Plague in India, 1896, 1897 - Volume 1
Year: 1896
Disease focus: Plague
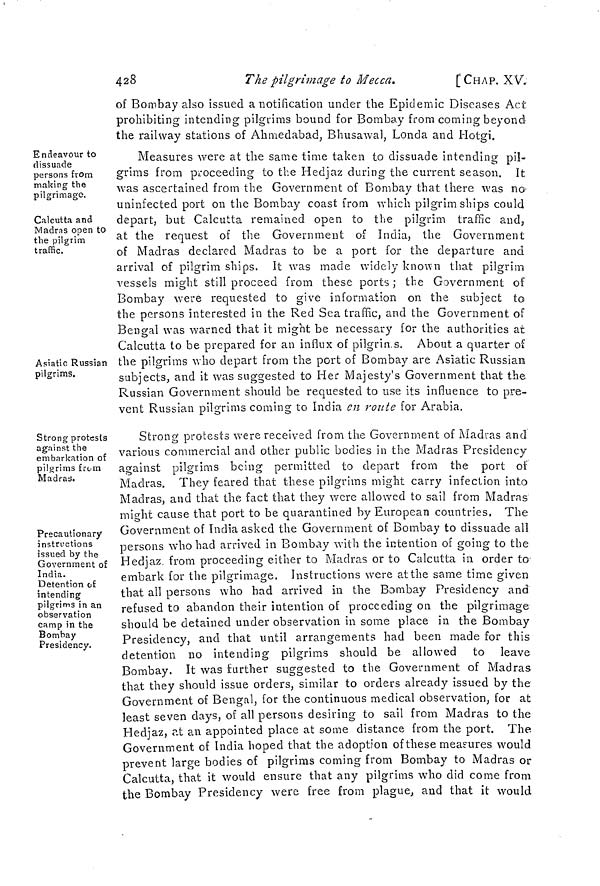
428
The pilgrimage to Mecca.
[CHAP. XV.
of Bombay also issued a notification under the Epidemic Diseases Act
prohibiting intending pilgrims bound for Bombay from coming beyond
the railway stations of Ahmedabad, Bhusawal, Londa and Hotgi.
Endeavour to
dissuade
persons from
making the
pilgrimage.
Measures were at the same time taken to dissuade intending pil-
grims from proceeding to the Hedjaz during the current season. It
was ascertained from the Government of Bombay that there was no-
uninfected port on the Bombay coast from which pilgrim ships could
Calcutta and
Madras open to
the pilgrim
traffic.
depart, but Calcutta remained open to the pilgrim traffic and,
at the request of the Government of India, the Government
of Madras declared Madras to be a port for the departure and
arrival of pilgrim ships. It was made widely known that pilgrim
vessels might still proceed from these ports ; the Government of
Bombay were requested to give information on the subject to
the persons interested in the Red Sea traffic, and the Government of
Bengal was warned that it might be necessary for the authorities at
Calcutta to be prepared for an influx of pilgrin.s. About a quarter of
Asiatic Russian
pilgrims.
the pilgrims who depart from the port of Bombay are Asiatic Russian
subjects, and it was suggested to Her Majesty's Government that the
Russian Government should be requested to use its influence to pre-
vent Russian pilgrims coming to India en route for Arabia.
Strong protests
against the
embarkation of
pilgrims from
Madras.
Strong protests were received from the Government of Madras and
various commercial and other public bodies in the Madras Presidency
against pilgrims being permitted to depart from the port of
Madras. They feared that these pilgrims might carry infection into
Madras, and that the fact that they were allowed to sail from Madras
might cause that port to be quarantined by European countries, The
Precautionary
instructions
issued by the
Government of
India.
Detention of
intending
pilgrims in an
observation
camp in the
Bombay
Presidency.
Government of India asked the Government of Bombay to dissuade all
persons who had arrived in Bombay with the intention of going to the
Hedjaz. from proceeding either to Madras or to Calcutta in order to
embark for the pilgrimage. Instructions were at the same time given
that all persons who had arrived in the Bombay Presidency and
refused to abandon their intention of proceeding on the pilgrimage
should be detained under observation in some place in the Bombay
Presidency, and that until arrangements had been made for this
detention no intending pilgrims should be allowed to leave
Bombay. It was further suggested to the Government of Madras
that they should issue orders, similar to orders already issued by the
Government of Bengal, for the continuous medical observation, for at
least seven days, of all persons desiring to sail from Madras to the
Hedjaz, at an appointed place at some distance from the port. The
Government of India hoped that the adoption of these measures would
prevent large bodies of pilgrims coming from Bombay to Madras or
Calcutta, that it would ensure that any pilgrims who did come from
the Bombay Presidency were free from plague, and that it would